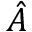
\hat { A }